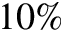
1 0 \%